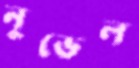
নুভেল